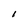
Character: l